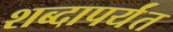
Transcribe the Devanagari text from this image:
शब्दापर्यंत